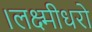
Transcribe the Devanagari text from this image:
।लक्ष्मीधरो